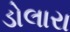
ડોલારા